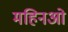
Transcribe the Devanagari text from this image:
महिनओ